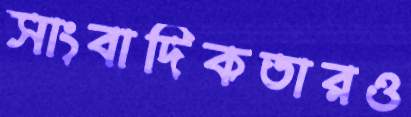
সাংবাদিকতারও